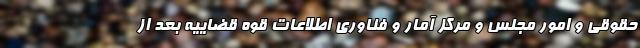
حقوقی و امور مجلس و مرکز آمار و فناوری اطلاعات قوه قضاییه بعد از